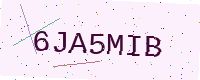
Text: 6JA5MIB